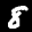
Label: 8